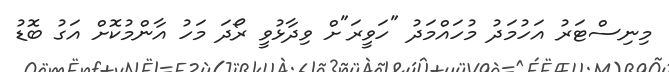
މިނިސްޓަރު އަހުމަދު މުހައްމަދު "ހަވީރަ"ށް ވިދާޅުވީ ރޯދަ މަހު އާންމުކޮށް އަގު ބޮޑު